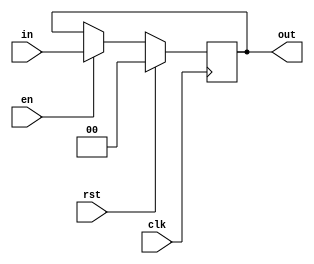
module register_en #(parameter width = 0)
                 (input clk, rst, en,
                  input  [width-1 : 0] in,
                  output reg [width-1 : 0] out
                 );
                 
                 always@(posedge clk)
                 begin
                     if(rst)
                         out <= 0;
                     else
                     begin
                         if(en) out <= in;
                         //else   out <= out;
                     end
                 end
endmodule